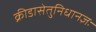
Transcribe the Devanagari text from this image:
क्रीडासेतुनिधानज्ञः